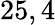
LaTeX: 25,4